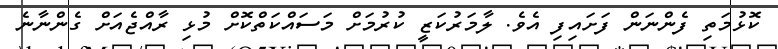
ކޮޅުމަތި ފެންނަން ފަށައިފި އެވެ. ލާމަރުކަޒީ ކުރުމަށް މަސައްކަތްކޮށް މުޅި ރާއްޖެއަށް ގެންނާނެ